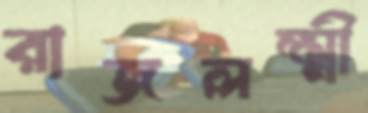
রাজলক্ষ্মী